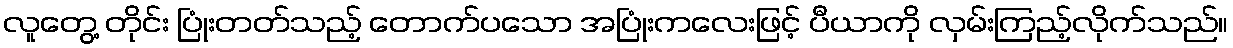
လူတွေ့ တိုင်း ပြုံးတတ်သည့် တောက်ပသော အပြုံးကလေးဖြင့် ပီယာကို လှမ်းကြည့်လိုက်သည်။